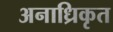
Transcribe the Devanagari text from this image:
अनाध्रिकृत